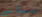
لسؤالي